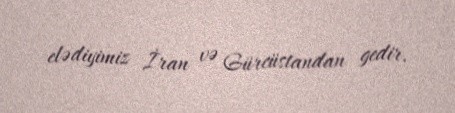
elədiyimiz İran və Gürcüstandan gedir.